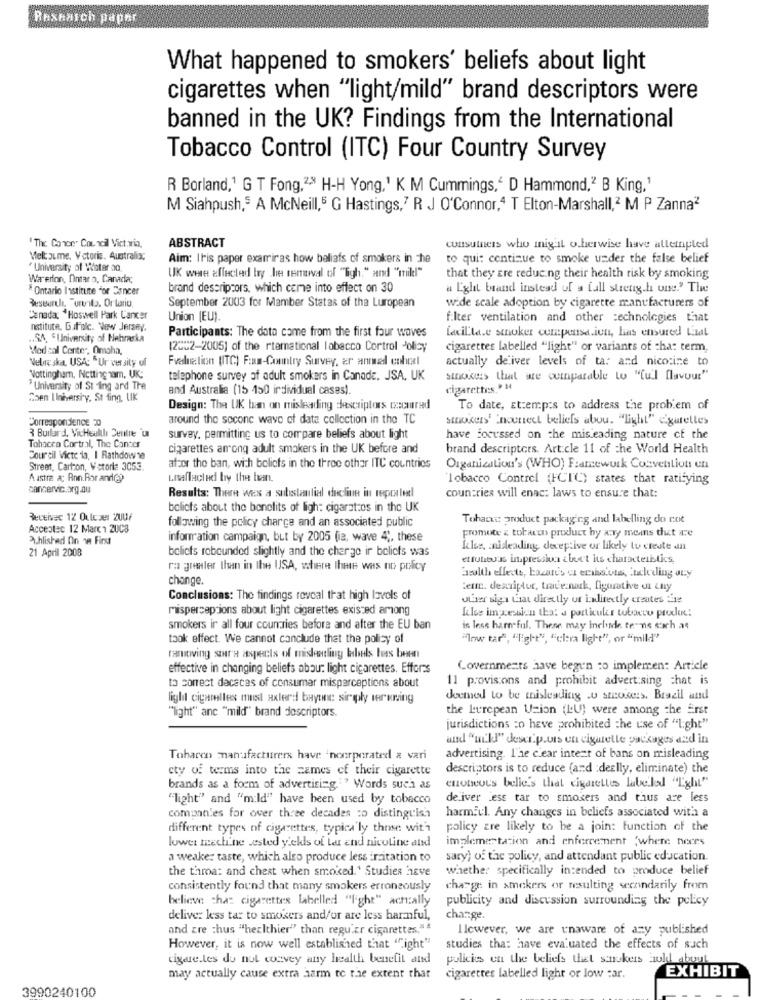
Rexhaich paper
What happened to smokers' beliefs about light
cigarettes when "light/mild" brand descriptors were
banned in the UK? Findings from the International
Tobacco Control (ITC) Four Country Survey
R Borland,1 G T Fong,2,8 H-H Yong,1 K M Cummings," D Hammond,2 B King,1
M Siahpush,5 A McNeill,5 G Hastings,7 R J O'Connor,4 T Elton-Marshall,2 M P Zanna2
ABSTRACT
"The. Conce" Council Vict wia,
consutners who might o.herwise have alleinpled
Melt oume, V ctoris, Australia:
Aim: Iris paper examriras how baliafs of smokers in the
to qui: continue to smoke under the false belief
" University of Water ao
Warerfon, Ontar o, Canada;
UK wwe affected by he removal of "Tigh." and "till"
that they are reducing their health risk by smoking
* Ontario Institute for Cancer
brand descriptors, which came into effect on 30
a Lglit brand instead of a fall stetig.h une .? The
wide scale adoption by cigarette manufacturers of
September 2003 for Mamber Statas of tha Luropean
Canada, Hoswell Park Cancer
Union (EU).
filter ventilation and other technologies that
nstitute, Duifalc. New Jersey.
Participants: The data come from the first four waves
facilita.e smoker compensa.iet, has ensured Lizal
.. SA, "University of Nebraska
Med sal Center, Omaha,
(2002-2005] of the rtemational lobacco Cortrol Policy
cigarettes labelled "light" or variants of cha: term,
Webre skat, USA: "Ur versity uf
Fvaluation (ITC) F:am-Country Survey, ar annuel cohol
actually deliver levels of ta: and nicotine to
Nottingham, Netting nam, UK:
telephone survey of adult smokers in Canade. JSA, UK
sinoses that are comparable to "full flavour"
University of St ing ard Tre
and Australia (15 150 individual cases).
cigarettes." M
Coen I Iniversiy, St fing, LIK
Design: The UK ban on misleading descriptors occurred
To date, Et:emp:s to address the problem of
Correspondence 20
around the second wave of data collection in the TC
stnosers' 'nountect beliefs abou. "light" e'gatelles
3 Burtard, VicHealth Centre "un
survey, permitting us to compare beliefs about light
have focussed on che misleading nature cf the
Tobacco Cortrail, The Cancer
cigarettes among adult smokers in the UK before and
brand descriptors. Art.cle 11 of the World Health
Sourcil Victe ia, I Rathdowne
Street, Carton, V storle 3053.
after the ban, with bolicts in the three other ITC countries
Organization's (WHO) Framework Convention un
A astra a; Rnn.For ande?
Lisaflacied by the han
Tobacco Control (FCTC) states that ratifying
canservic.org.au
Results: There wes a substantial decline in reported
countries will enac: laws to ensure that:
bolicts about the benefits of ligh: cigarat os in the UK
Receivec 12 Oulczer ZUU/
following the policy charge and an associated public
Tohacks: product packaging and labelling do cot
Acceotec 12 Marca ZUC3
promote z tobacco product by any means that are
A.hlished On 18 First
information campaign, but by 2005 (ia, wave 4 ;, these
21 April 2008
beliefs rebounded slightly and the charge ir beliefs was
Kles, anideading, deceptive or likely to create an
ettutitous impression bot't its characteristics,
ra greater than in the USA, where Ihme was no policy
change.
Swolth effects, hazard's cz emissions, Culeding any
Len. deavipor, trade mark, figurative di Lily
Conclusions: The findings reveal that high levels of
utter siga Laat directly or indirectly creates te
misperceptions about light cigarettes existed among
ItIse impression that a particular tobacco produc:
smokers ir all four countries before and after the EU ban
is less harn ful. These may Inchide te-ns such as
took effect. We cannot conclude that the policy of
"Iow tar", "light", "clara light", or "mild""
removing star's aspects of misleading bbels bess been
effective in changing beliefs about light cigarettes. Efforts
Governments have begun :0 implemen: Article
11 provisions and prohibit advertising chat is
to correct dacacas of consumer misperceptions about
light cigarelles must axlerd bayone siraply seruning
deemed to be misleading .u smokers. Brazil and
the Leurcpean Usion (LU) were among the Erst
"light" anc "mild" brand descriptors.
jurisdictions :o heve prohibited the use of "light"
and "ui'kl" desci.p.urs en cigarette packages and in
Toharen manufacturers have 'noerperated a vari
advertising. The clear intent of bans on misleading
ety of terms into the zames ef their cigarette
descriptors is to reduce (and :deslly, eliminate) the
brands as a form of advertising. " Words such as
enotrous belie's that cigarettes labeled "Light"
"light" and "mild" have been used by tobacco
de iver ess tar to smokers and thus are less
companies for over three decades :o distinguish
harmful. Any changes in beliefs associated with a
different types of cigarettes, typica ly those with
policy are likely to be a join: Function of the
lower machine .ested yields of Let and nicotine and
implementation and enforcement 'where neces
a weaker taste, which also produce less irritation to
sary) of the policy, and attendant public education.
the throat and chest when smoked.' Studies have
whether specifically intended to produce belief
consistently found that many smokers erroneously
charge in amakers or resulting secondarily from
believe that cigarettes labelled "light" ach:ally
publicity and discussion surrounding the policy
deliver less tar to smokers and/or are less harmful,
change.
and cre chus "healthier" than regular cigarettes."
Ilewever, we are unaware of azy published
However, it is now well established that "right"
studies tha: have evaluated the effects of such
cigare.les de nut wozvey any health benefit and
policies en the beliefs thet smokers huld about
EXHIBIT
may actually cause extra harm to the extent that
cigarettes labelled light or low car.
3990240100